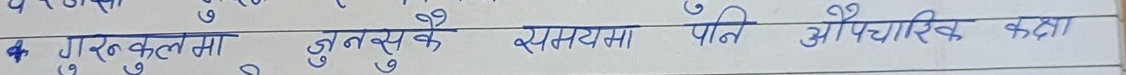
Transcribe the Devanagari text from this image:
गुरुता जूनसुकै समयमा पनि औपचारिक कक्षा